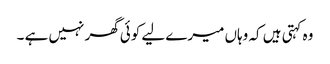
وہ کہتی ہیں کہ وہاں میرے لیے کوئی گھر نہیں ہے ۔